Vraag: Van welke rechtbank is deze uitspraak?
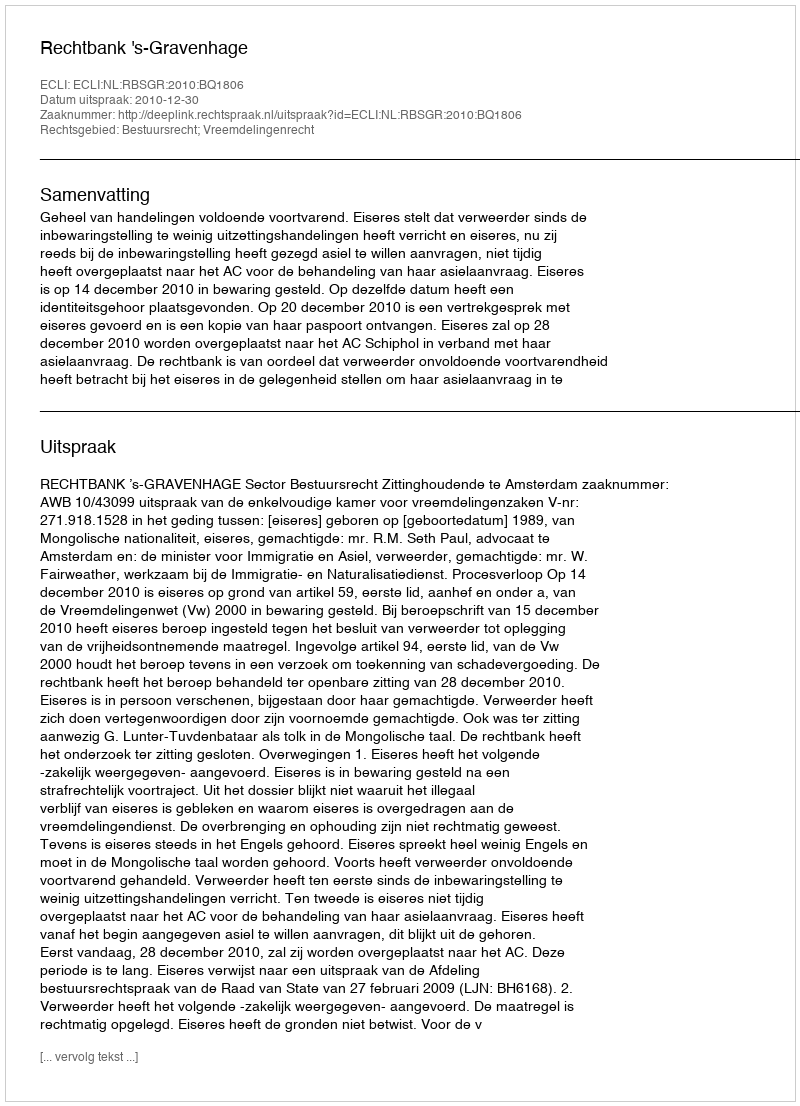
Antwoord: Rechtbank 's-Gravenhage